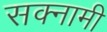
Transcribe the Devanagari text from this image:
सक्नामी